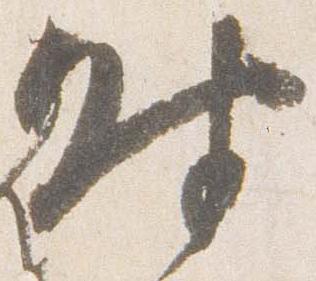
時